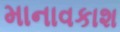
માનાવકાશ